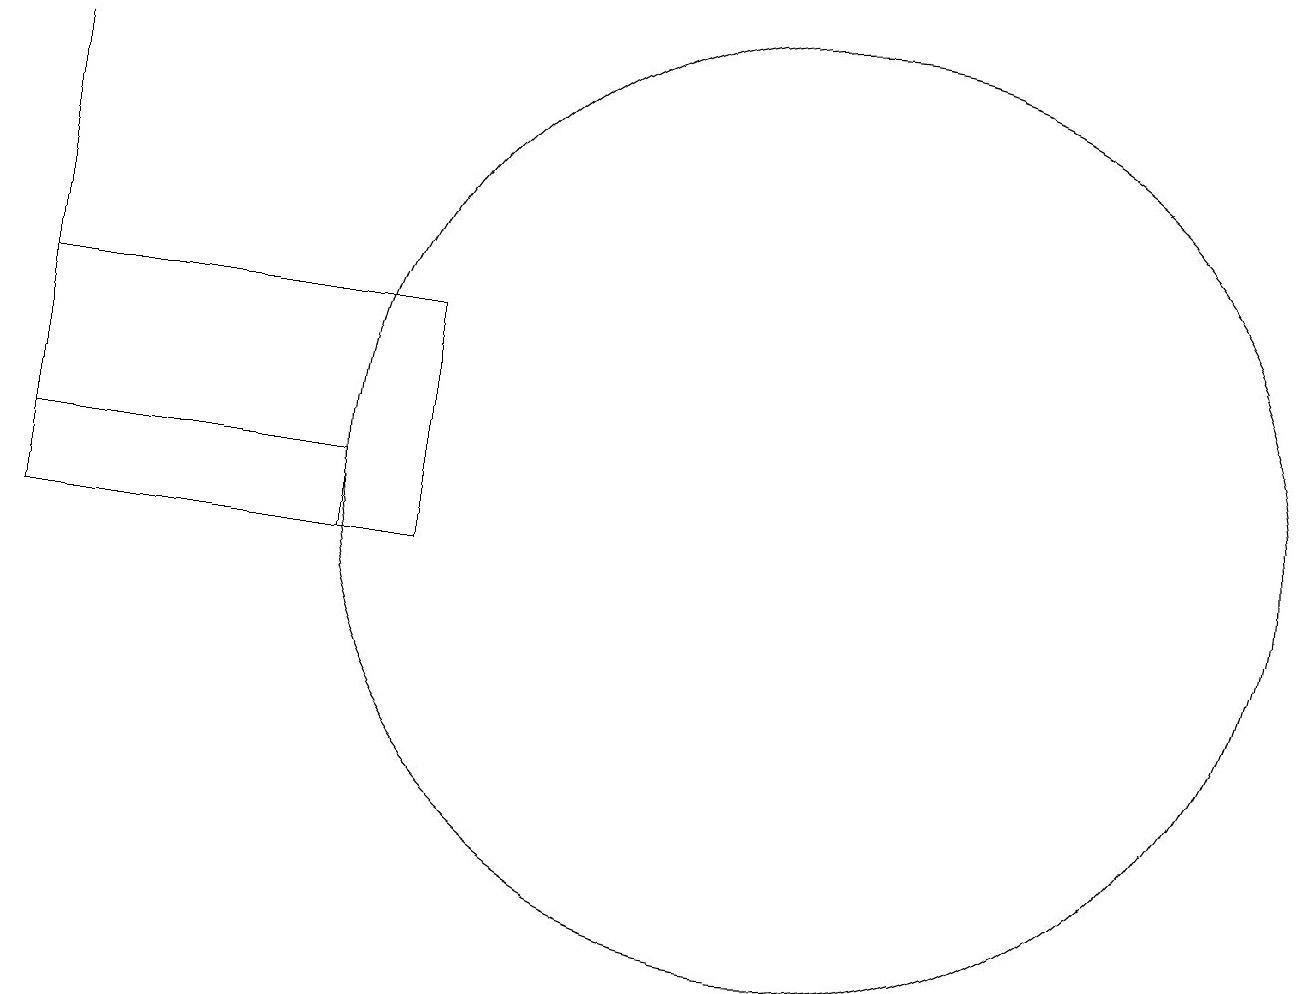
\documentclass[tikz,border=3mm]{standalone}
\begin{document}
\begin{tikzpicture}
\draw (7,11) rectangle (2,14);
\draw (2,11) rectangle (6,12);
\draw (12,12) circle (6);
\draw (2,17) rectangle (2,14);
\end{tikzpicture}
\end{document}